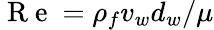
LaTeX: \mathrm{~R~e~}=\rho_{f}v_{w}d_{w}/\mu